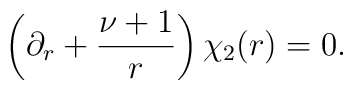
\left(\partial_r +\frac{\nu+1}{r}\right)\chi_2(r)=0.